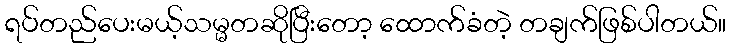
ရပ်တည်ပေးမယ့်သမ္မတဆိုပြီးတော့ ထောက်ခံတဲ့ တချက်ဖြစ်ပါတယ်။